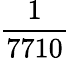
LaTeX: \frac{1}{7710}